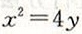
x ^ { 2 } = 4 y